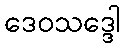
ဒေဝသဒ္ဒေါ